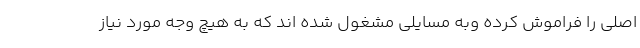
اصلی را فراموش کرده وبه مسایلی مشغول شده اند که به هیچ وجه مورد نیاز